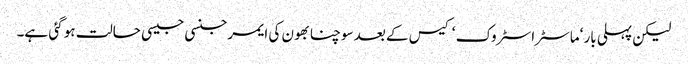
لیکن پہلی بار ‘ماسٹراسٹروک ‘ کیس کے بعد سوچنا بھون کی ایمرجنسی جیسی حالت ہو گئی ہے۔